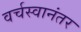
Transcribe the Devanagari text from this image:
वर्चस्वानंतर